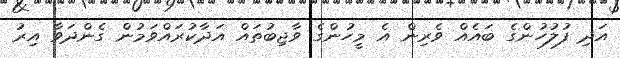
އަދި ފުލުހުންގެ ބައެއް ވެރިން އެ މީހުންގެ ވާޖިބުތައް އަދާކުރައްވަމުން ގެންދަވާ އިރު